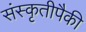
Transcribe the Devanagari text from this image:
संस्कृतीपैकी